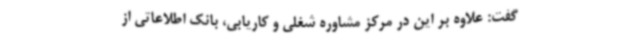
گفت: علاوه بر این در مرکز مشاوره شغلی و کاریابی، بانک اطلاعاتی از